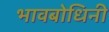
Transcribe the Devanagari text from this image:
भावबोधिनी